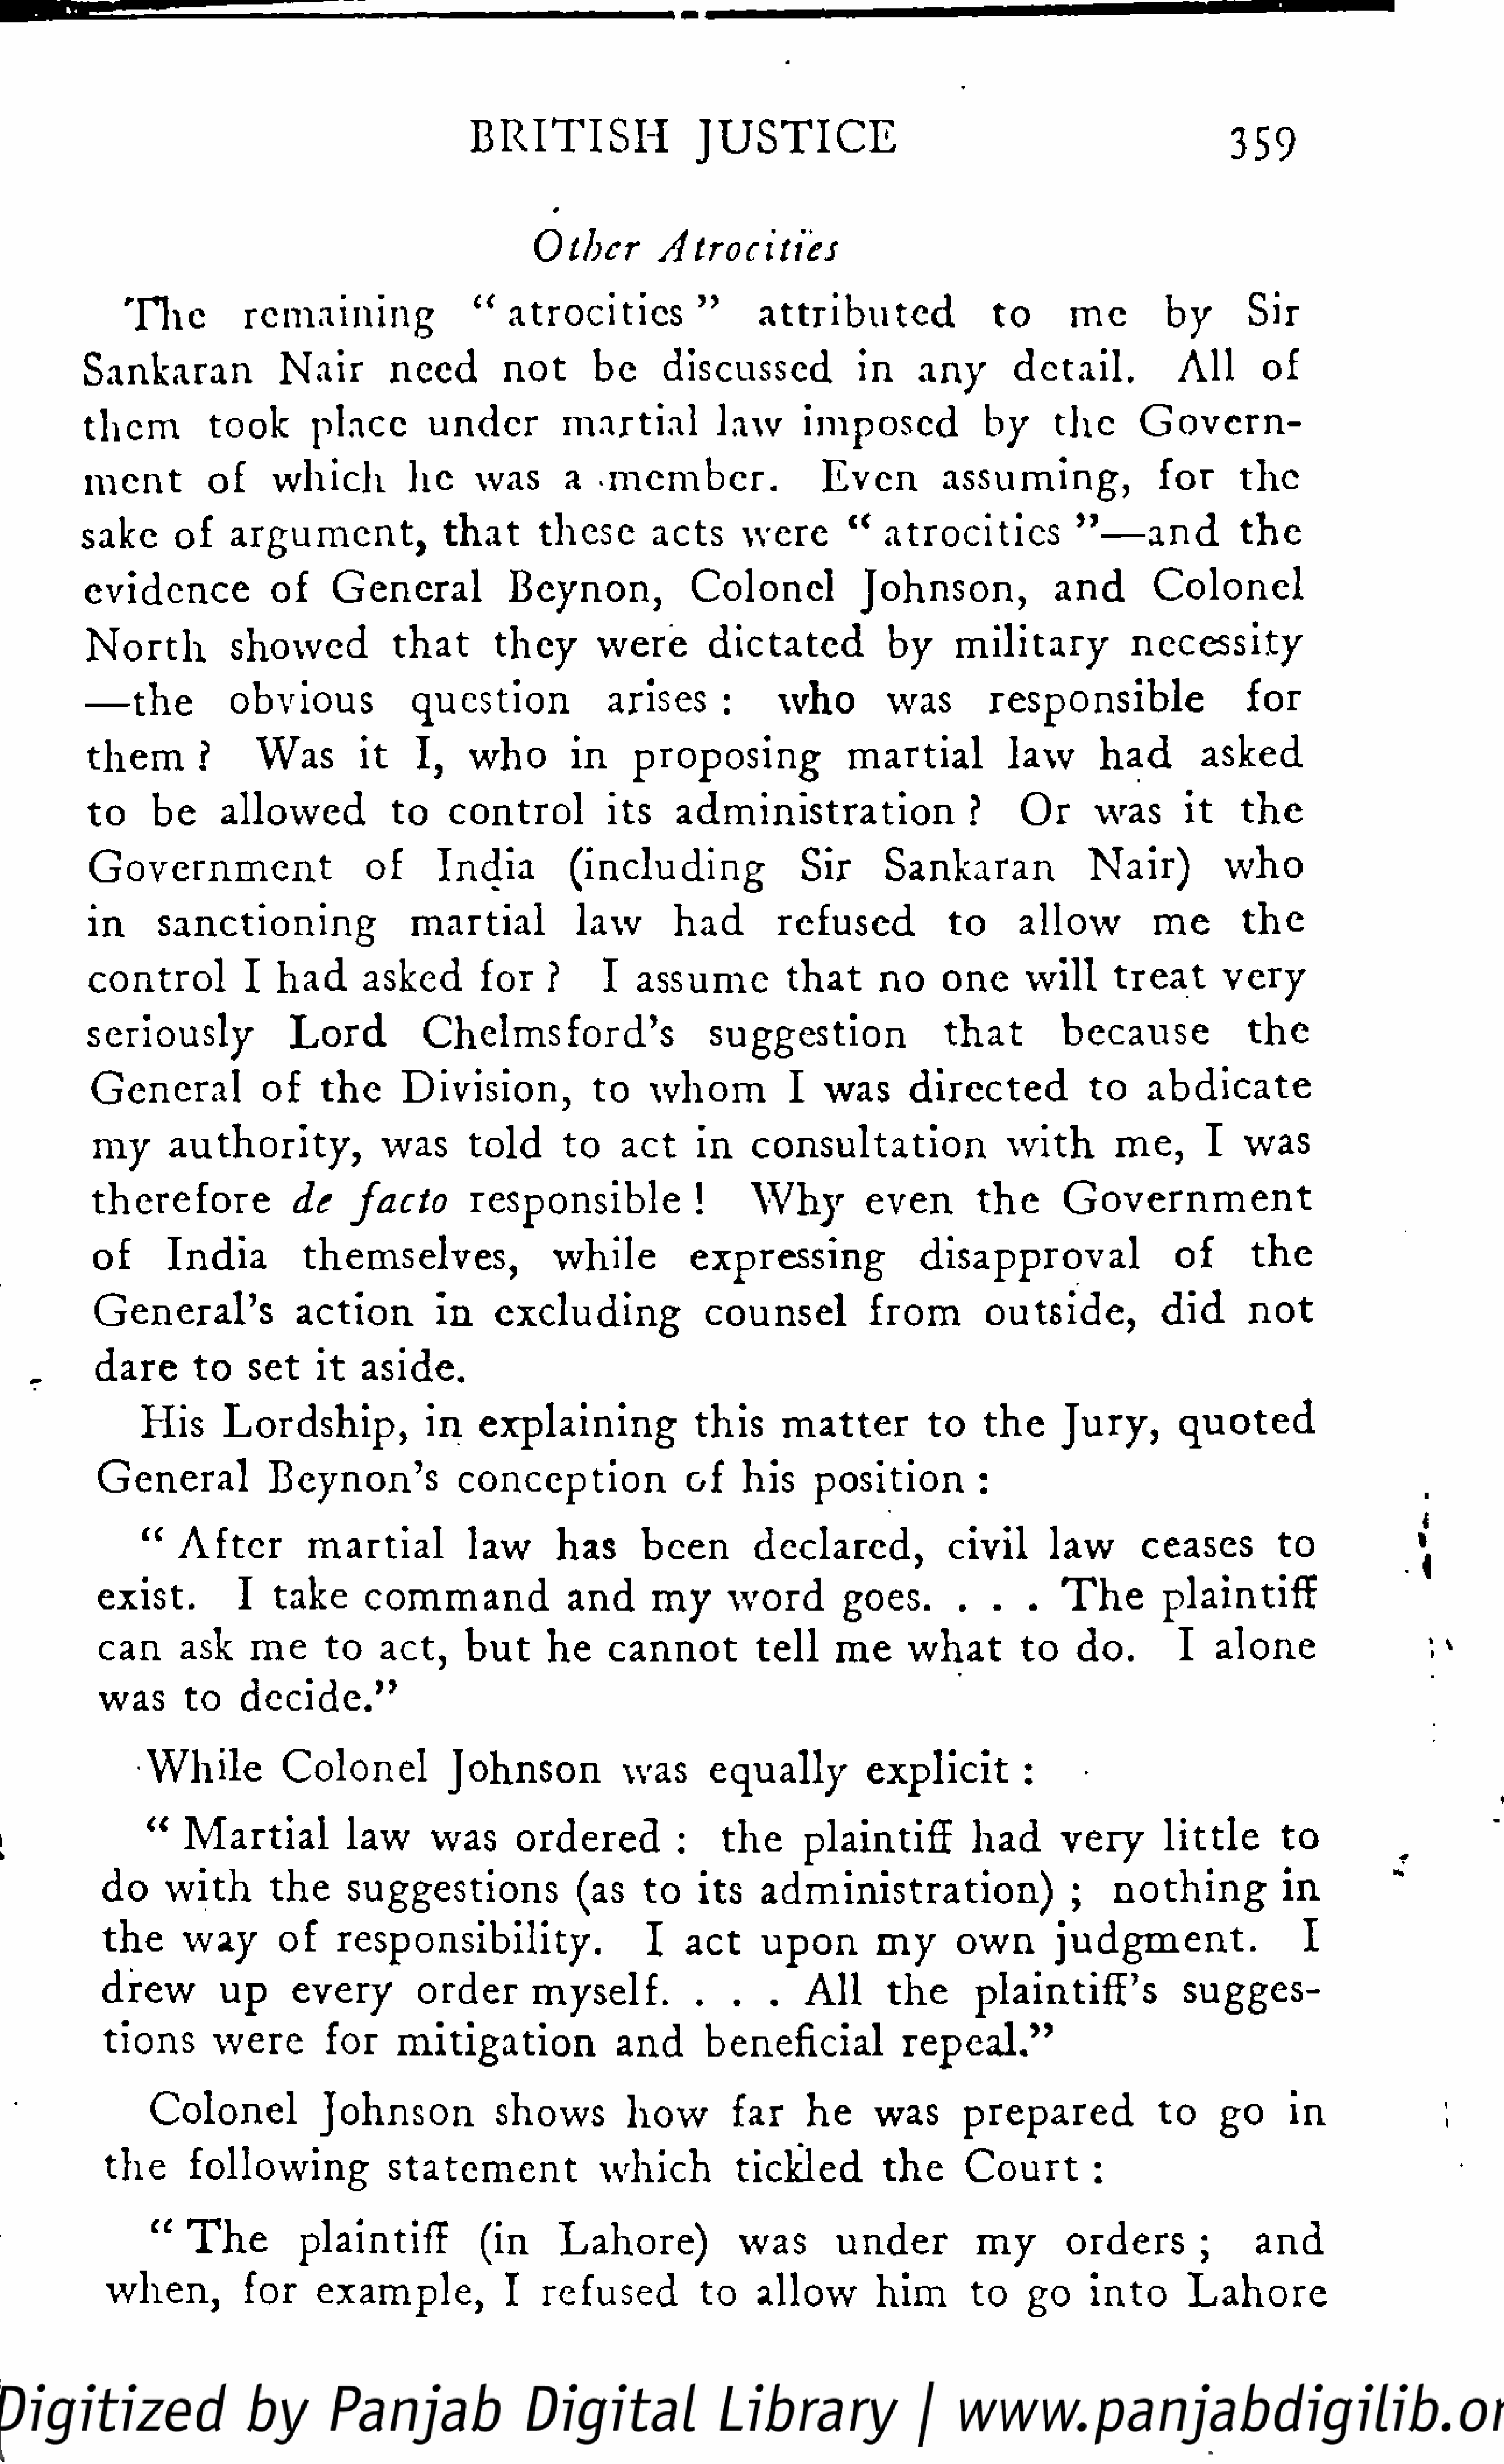
B   R  I  T  I SH         J U    S  T   I CE                                             359
 Other            Atrocities
 T  he        remaining                  "  a  t r o  c  i t i e s"       attributed                  to       me         by       Sir
 Sankaran               Nair         need         not       be      discussed              in      any       detail.             All      of
 them          took        place         under           martial           law       imposed              by      the       Govern
 ment          of      which           he      was       a    member.                  Even          assuming,                 for       the
 sake       of    argument,                that       these        acts       were        "    atrocities            "  —    a  nd      the
 evidence              of     General              Beynon,              Colonel             Johnson,               and         Colonel
 N   o  r th      showed             that       they        were         dictated             by      military             necessity
 —    t he        obvious              question               arises        :     who          was         responsible                    for
 them         ?      Was         it    I,    who         in      proposing                martial            law       h  ad       asked
 to      be      allowed             to    control            its     administration                    ?     Or       was       it     the
 Government                       of       India          (including                 Sir       Sankaran                Nair)           who
 in       sanctioning                  martial             law        had         refused             to      allow           me        t he
 control            I  had       asked         for     ?      I   assume           that       no     one       will      treat        very
 seriously               L  o  rd       Chelmsford's                      suggestion                  t h at       because               t he
 General             of     the      Division,             to     whom            I   was       directed             to     abdicate
 my       authority,              was        told       to    act      in    consultation                  with         me,       I    was
 therefore              de     facto         responsible                !     W     hy      even        t he       G   o  v  e r  n m    e nt
 of       India           themselves,                  while           expressing                 disapproval                   of        the
 General's               action          in     excluding               counsel             from         outside,             did       not
 dare        to    set     it   aside.
 His      Lordship,               in    explaining               this       matter          to     t he    Jury,         q  u  o  t ed
 General             Beynon's               conception                of     his     position            :
 "   After          martial            law        has       been         declared,             civil       law        ceases          to
 exist.           I   take       command                and       my       word         goes.         .   .   .   T   he      plaintiff
 can      ask      me      to    act,      but      he      cannot           tell     me      what         to    do.         I    alone
 was       to    decide."
 While           Colonel             Johnson             was       equally            explicit          :
 "    Martial            law       was       ordered            :    the      plaintiff           had       very        little        to
 do     with        the      suggestions                (as     to    its    administration)                      ;    n  o  t h i ng      in
 the      way        of     responsibility.                      I    act     upon          my       own        j u  d  g  m   e  n t.       I
 drew          up      every          order        myself.            .    .   .   All       the       plaintiff's             sugges
 tions        were         for      mitigation               and       beneficial              repeal."
 Colonel             Johnson             shows           how         far      he     was        prepared               to     go      in
 t he      following              statement                which           tickled          the       Court         :
 "   T   he       plaintiff            (in       Lahore)              was        under            my        orders         ;      and
 when,          for      example,              I    refused           to     allow         him        to    go     into        Lahore